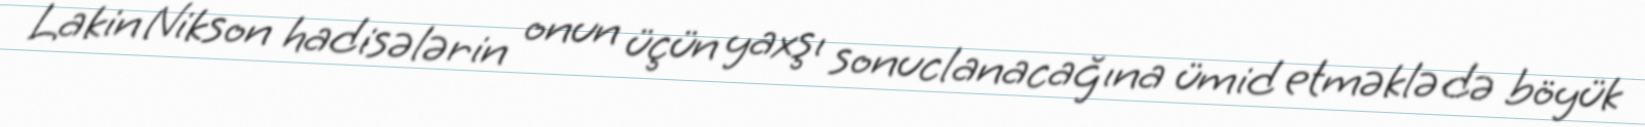
Lakin Nikson hadisələrin onun üçün yaxşı sonuclanacağına ümid etməklə də böyük